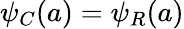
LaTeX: \psi_{C}(a)=\psi_{R}(a)